Civil Veterinary Dept. Assam report 1911-1927 - 1911-1927
Year: 1911
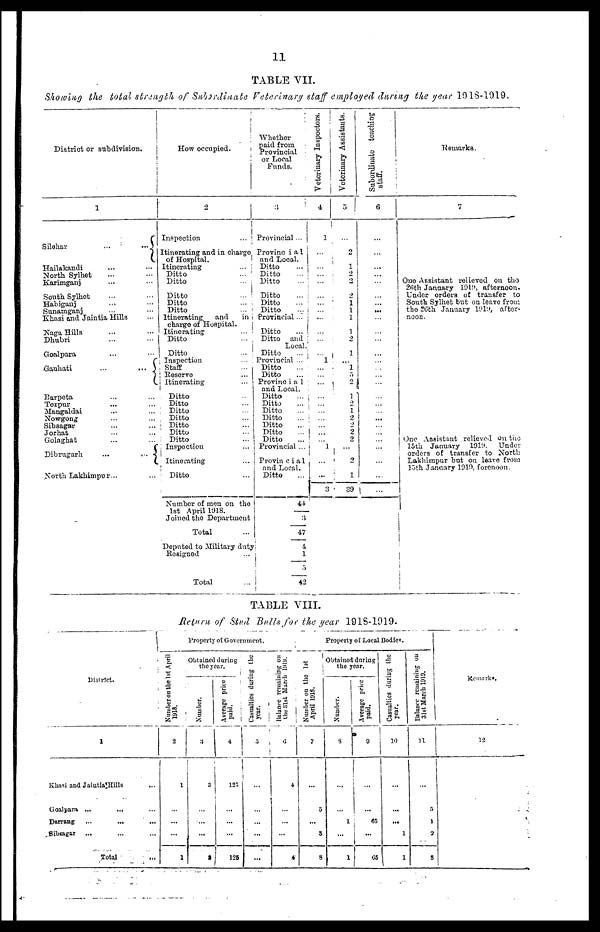
11
TABLE VII.
Showing the total strength of Subordinate Veterinary staff employed during the year 1918-1919.
District or subdivision.
1
Silchar
...
...
Hailakandi ... ...
North Sylhet ... ...
Karunganj ... ...
South Sylhet ... ...
Habiganj
...
...
Sunamganj ... ...
Khasi and Jaintia Hills ...
Naga Hills ... ...
Dhubri ... ...
Goalpara ... ...
c
Gauhati
...
...
Barpeta ... ...
Tezpur ... ...
Mangaldai ... ...
Nowgong ... ...
Sibsagar ... ...
Jorhat ... ...
Golaghat ... ...
Dibrugarh
...
...
North Lakhimpur ... ...
How occupied.
2
Inspection
...
Itinerating and in charge
of Hospital.
Itinerating
...
Ditto...
Ditto
...
Ditto
...
Ditto...
Ditto...
Itinerating, and
in
charge of Hospital.
Itinerating...
Ditto...
Ditto...
Inspection ...
Staff ...
Reserve ...
Itinerating ...
Ditto ...
Ditto...
Ditto ...
Ditto ...
Ditto ...
Ditto ...
Ditto ...
Inspection ...
Itinerating ...
Ditto ...
Number of men on the
1st April 1918.
Joined the Department
Total ...
Deputed to Military duty
Resigned ...
Total ...
Whether
paid from
Provincial
or Local
Funds.
3
Provincial...
Provinc i a 1
and Local.
Ditto...
Ditto...
Ditto...
Ditto...
Ditto...
Ditto...
Provincial...
Ditto
...
Ditto and
Local.
Ditto...
Provincial ...
Ditto...
Ditto...
Provinc i a 1
and Local.
Ditto...
Ditto...
Ditto...
Ditto...
Ditto...
Ditto...
Ditto...
Provincial ...
Provin c i a 1
and Local.
Ditto ...
44
3
47
4
1/5
42
Veterinary Inspectors.
4
1
...
...
...
...
...
...
...
...
...
...
...
1
...
...
...
...
...
...
...
...
...
... 1
...
...
3
Veterinary Assistants.
5
...
2
1
2
2
2
1
I
1
1
2
1
...
1 5
2
1
2
1
2
2 2
2
...
2
1
39
Subordinate teaching
staff.
6
...
...
...
...
...
...
...
...
...
...
...
...
...
...
...
...
...
...
...
...
...
...
...
...
...
...
...
...
...
...
Remarks.
7
One Assistant relieved on the
26th January 1910, afternoon.
Under orders of transfer to
South Sylhet but on leave from
the 26th January 1919, after-
noon.
One Assistant relieved on the
15th January 1919. Under
orders of transfer to North
Lakhimpur but on leave from
15th January 1919, forenoon.
TABLE VIII.
Return of Stud Bulls for the year 1918-1919.
District.
1
Khasi and Jaiatia Hills
...
Goalpara ...
... ...
Darrang ...
...
...
Sibsagar ... ... ...
Total ...
Property of Government.
Number on the 1st April
1918.
2
1
...
...
…
1
Obtained during
the year.
Number.
3
8
...
...
...
2
Average price
paid.
4
123
...
...
...
125
Casualties during the
year.
5
...
...
...
...
...
Balance remaining on
the 31st March 1919.
6
4
...
...
...
4
Number on the 1st
April 1918.
7
...
5
...
3
8
Property of Local Bodies.
Obtained during
the year.
Number.
8
...
...
1
...
1
Average price
paid.
9
1
...
65
...
65
Casualties during the
year.
10
...
...
...
1
1
Balance remaining on
31st March 1919.
11
...
5
1
2
1
Remarks.
12